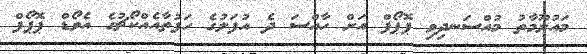
މައުލޫމާތު މުއްސަނދިވި ޕޮޕޯފް އަށް ހާއްސަ ދެ އުފަލުގެ ހަފުތާއެއްކޯޗުގެ އެވޯޑް ޕޮޕޯފް